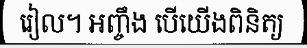
រៀល។ អញ្ចឹង បើយើងពិនិត្យ